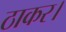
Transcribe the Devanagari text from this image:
ठाकर।